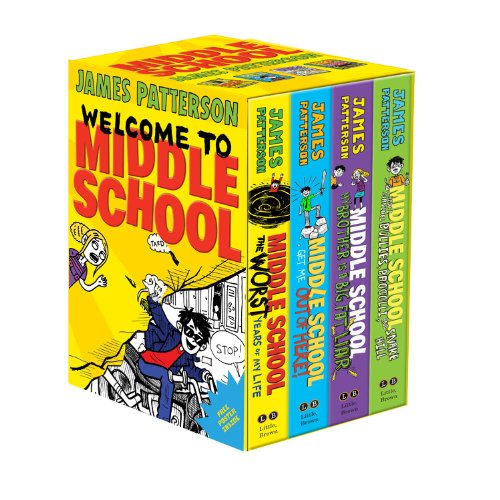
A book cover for Middle School Boxed Set; James Patterson; Children's Books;